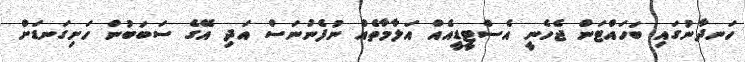
ހަނދާނުގައި ބަހައްޓަން ޖެހެނީ އެސްޓީޑީއެއް އަލާމާތެއް ނުފެނުނަސް އަދި އޭގެ ސަބަބުން ހަށިގަނޑަށް